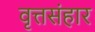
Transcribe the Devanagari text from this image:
वृत्तसंहार